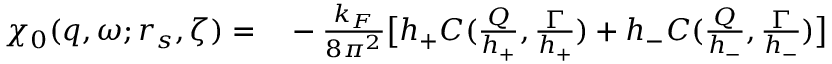
\begin{array} { r l } { \chi _ { 0 } ( q , \omega ; r _ { s } , \zeta ) = } & { { } - \frac { k _ { F } } { 8 \pi ^ { 2 } } \big [ h _ { + } C ( \frac { Q } { h _ { + } } , \frac { \Gamma } { h _ { + } } ) + h _ { - } C ( \frac { Q } { h _ { - } } , \frac { \Gamma } { h _ { - } } ) \big ] } \end{array}